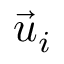
\vec { u } _ { i }